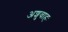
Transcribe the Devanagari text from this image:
अशुवाहः